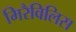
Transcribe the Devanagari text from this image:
मिरैविलिस